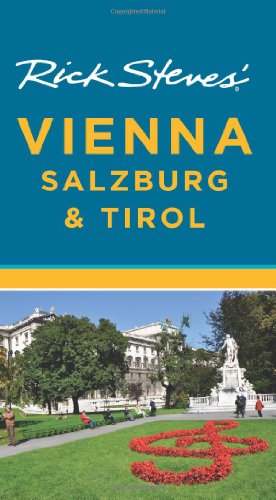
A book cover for Rick Steves' Vienna, Salzburg & Tirol; Rick Steves; Travel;